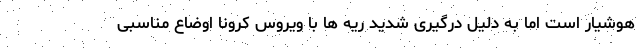
هوشیار است اما به دلیل درگیری شدید ریه ها با ویروس کرونا اوضاع مناسبی